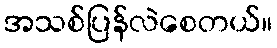
အသစ်ပြန်လဲစေတယ်။